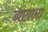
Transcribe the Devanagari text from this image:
नराणां